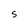
Character: S